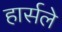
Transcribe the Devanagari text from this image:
हार्सले